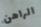
الراهن